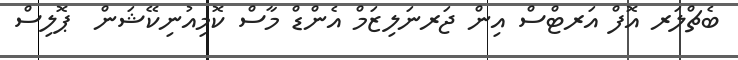
ބެޗްލަރ އޮފް އަރޓްސް އިން ޖަރނަލިޒަމް އެންޑް މާސް ކޮމިއުނިކޭޝަން  ޕޮލިސް